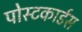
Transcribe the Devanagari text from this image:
पोस्टकार्डस